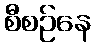
စီစဉ်နေ